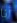
أنا